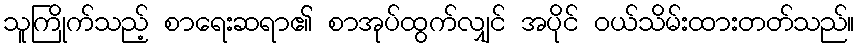
သူကြိုက်သည့် စာရေးဆရာ၏ စာအုပ်ထွက်လျှင် အပိုင် ဝယ်သိမ်းထားတတ်သည်။